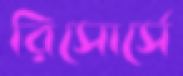
রিসোর্সে